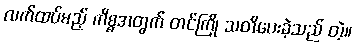
လက်ထပ်မည့် ကိစ္စအတွက် တင်ကြို သတိပေးခဲ့သည် တဲ့။